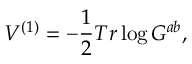
V ^ { ( 1 ) } = - \frac { 1 } { 2 } T r \log G ^ { a b } ,